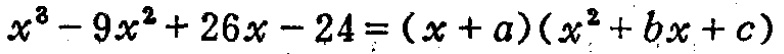
\(x^{3}-9x^{2}+26x - 24=(x + a)(x^{2}+bx + c)\)